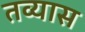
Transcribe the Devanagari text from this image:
तव्यास